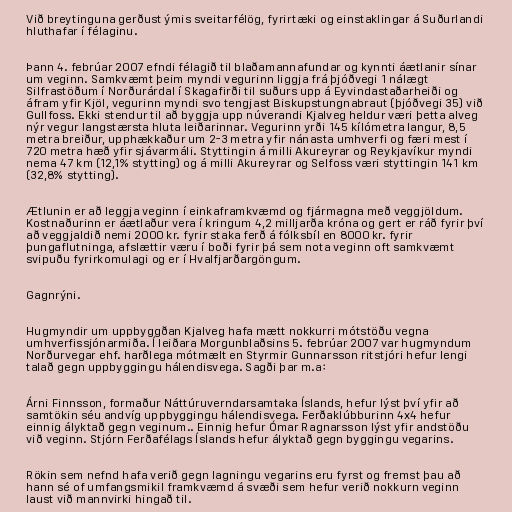
Við breytinguna gerðust ýmis sveitarfélög, fyrirtæki og einstaklingar á Suðurlandi
hluthafar í félaginu.

Þann 4. febrúar 2007 efndi félagið til blaðamannafundar og kynnti áætlanir sínar
um veginn. Samkvæmt þeim myndi vegurinn liggja frá þjóðvegi 1 nálægt
Silfrastöðum í Norðurárdal í Skagafirði til suðurs upp á Eyvindastaðarheiði og
áfram yfir Kjöl, vegurinn myndi svo tengjast Biskupstungnabraut (þjóðvegi 35) við
Gullfoss. Ekki stendur til að byggja upp núverandi Kjalveg heldur væri þetta alveg
nýr vegur langstærsta hluta leiðarinnar. Vegurinn yrði 145 kílómetra langur, 8,5
metra breiður, upphækkaður um 2-3 metra yfir nánasta umhverfi og færi mest í
720 metra hæð yfir sjávarmáli. Styttingin á milli Akureyrar og Reykjavíkur myndi
nema 47 km (12,1% stytting) og á milli Akureyrar og Selfoss væri styttingin 141 km
(32,8% stytting).

Ætlunin er að leggja veginn í einkaframkvæmd og fjármagna með veggjöldum.
Kostnaðurinn er áætlaður vera í kringum 4,2 milljarða króna og gert er ráð fyrir því
að veggjaldið nemi 2000 kr. fyrir staka ferð á fólksbíl en 8000 kr. fyrir
þungaflutninga, afslættir væru í boði fyrir þá sem nota veginn oft samkvæmt
svipuðu fyrirkomulagi og er í Hvalfjarðargöngum.

Gagnrýni.

Hugmyndir um uppbyggðan Kjalveg hafa mætt nokkurri mótstöðu vegna
umhverfissjónarmiða. Í leiðara Morgunblaðsins 5. febrúar 2007 var hugmyndum
Norðurvegar ehf. harðlega mótmælt en Styrmir Gunnarsson ritstjóri hefur lengi
talað gegn uppbyggingu hálendisvega. Sagði þar m.a:

Árni Finnsson, formaður Náttúruverndarsamtaka Íslands, hefur lýst því yfir að
samtökin séu andvíg uppbyggingu hálendisvega. Ferðaklúbburinn 4x4 hefur
einnig ályktað gegn veginum.. Einnig hefur Ómar Ragnarsson lýst yfir andstöðu
við veginn. Stjórn Ferðafélags Íslands hefur ályktað gegn byggingu vegarins.

Rökin sem nefnd hafa verið gegn lagningu vegarins eru fyrst og fremst þau að
hann sé of umfangsmikil framkvæmd á svæði sem hefur verið nokkurn veginn
laust við mannvirki hingað til.